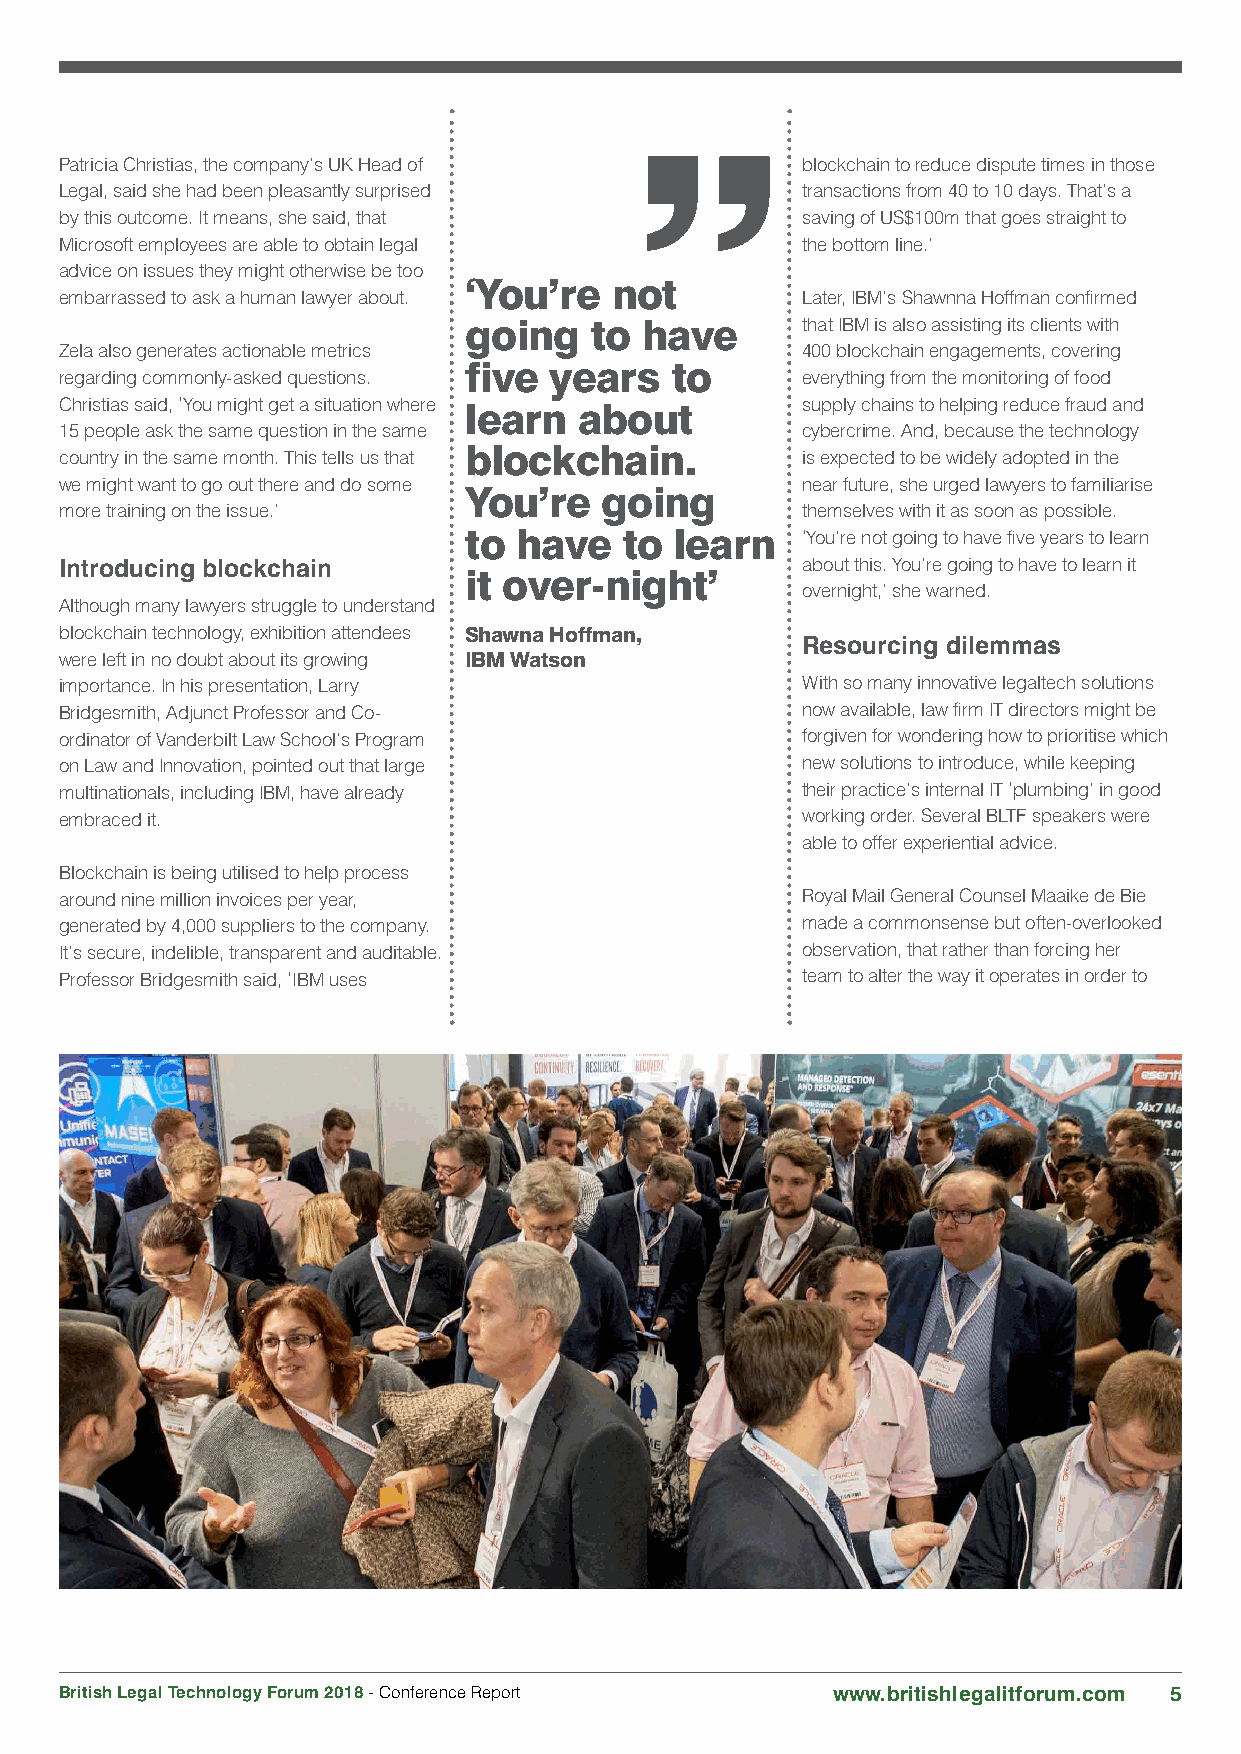
Patricia Christias, the company’s UK Head of     blockchain to reduce dispute times in those
 Legal, said she had been pleasantly surprised    transactions from 40 to 10 days. That’s a
 by this outcome. It means, she said, that        saving of US$100m that goes straight to
 Microsoft employees are able to obtain legal     the bottom line.’
 advice on issues they might otherwise be too
 ‘You’re  not
 embarrassed to ask a human lawyer about.         Later, IBM’s Shawnna Hoffman confirmed
 going   to have       that IBM is also assisting its clients with
 Zela also generates actionable metrics           400 blockchain engagements, covering
 five years   to
 regarding commonly-asked questions.              everything from the monitoring of food
 Christias said, ‘You might get a situation where learn about supply chains to helping reduce fraud and
 15 people ask the same question in the same      cybercrime. And, because the technology
 country in the same month. This tells us that blockchain. is expected to be widely adopted in the
 we might want to go out there and do some        near future, she urged lawyers to familiarise
 You’re   going
 more training on the issue.’                     themselves with it as soon as possible.
 to have   to  learn   ‘You’re not going to have five years to learn
 Introducing blockchain                           about this. You’re going to have to learn it
 it over-night’
 overnight,’ she warned.
 Although many lawyers struggle to understand
 blockchain technology, exhibition attendees Shawna Hoffman,
 Resourcing dilemmas
 were left in no doubt about its growing IBM Watson
 importance. In his presentation, Larry           With so many innovative legaltech solutions
 Bridgesmith, Adjunct Professor and Co-           now available, law firm IT directors might be
 ordinator of Vanderbilt Law School’s Program     forgiven for wondering how to prioritise which
 on Law and Innovation, pointed out that large    new solutions to introduce, while keeping
 multinationals, including IBM, have already      their practice’s internal IT ‘plumbing’ in good
 embraced it.                                     working order. Several BLTF speakers were
 able to offer experiential advice.
 Blockchain is being utilised to help process
 around nine million invoices per year,           Royal Mail General Counsel Maaike de Bie
 generated by 4,000 suppliers to the company.     made a commonsense but often-overlooked
 It’s secure, indelible, transparent and auditable. observation, that rather than forcing her
 Professor Bridgesmith said, ‘IBM uses            team to alter the way it operates in order to
 British Legal Technology Forum 2018 - Conference Report www.britishlegalitforum.com 5